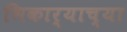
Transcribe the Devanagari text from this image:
भिकार्‍याच्या